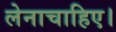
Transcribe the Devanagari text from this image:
लेनाचाहिए।